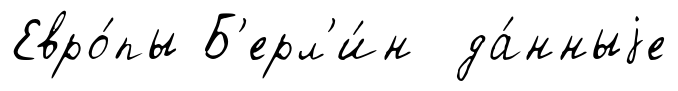
Евро́пы Б'ерл'и́н да́нныjе